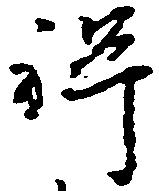
禅